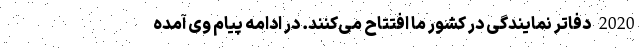
2020 دفاتر نمایندگی در کشور ما افتتاح می‌کنند. در ادامه پیام وی آمده